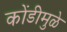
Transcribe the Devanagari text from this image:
कोंडीमुळे